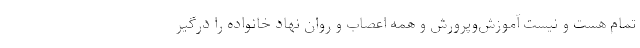
تمام هست و نیستِ آموزش‌وپرورش و همه اعصاب و روان نهاد خانواده را درگیر